Mental hospitals Bombay report 1921-28 - 1921-1928
Year: 1921
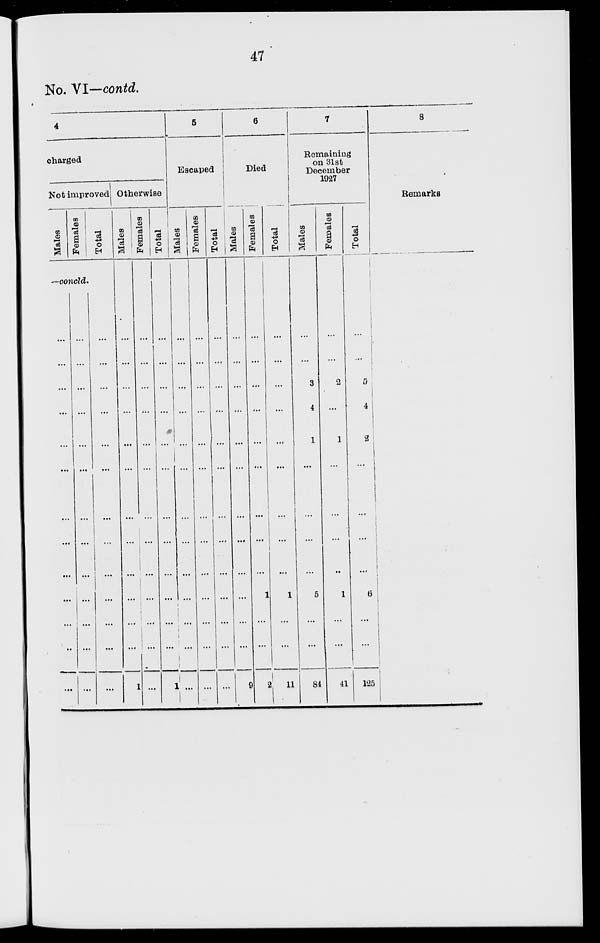
47
No. VI—contd.
4
charged
Not improved
Males
Females
—concld.
...
...
...
...
...
...
...
...
...
...
...
...
...
...
...
...
...
...
...
...
...
...
...
...
Total
...
...
...
...
...
...
...
...
...
...
...
...
Otherwise
Males
...
...
...
...
...
...
...
...
...
...
...
1
Females
...
...
...
...
...
...
...
...
...
...
...
...
Total
...
...
...
...
...
...
...
...
...
...
...
1
5
Escaped
Males
...
...
...
...
...
...
...
...
...
...
...
...
Females
...
...
...
...
...
...
...
...
...
...
...
...
Total
...
...
...
...
...
...
...
...
...
...
...
...
6
Died
Males
...
...
...
...
...
...
...
...
...
...
...
9
Females
...
...
...
...
...
...
...
...
1
...
...
2
Total
...
...
...
...
...
...
...
...
1
...
...
11
7
Remaining
on 31st
December
1927
Males
...
...
3
4
1
...
...
...
5
...
...
84
Females
...
...
2
...
1
...
...
...
1
...
...
41
Total
...
...
5
4
2
...
...
...
6
...
...
125
8
Remarks